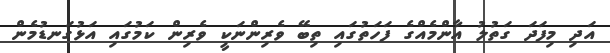
އަދި މިފަދަ ގަތުލު އާންމެއްގެ ފަހަތުގައި ތިބޭ ވެރިންނަކީ ވެރިން ކަމުގައި އަޅުގަނޑުމެން